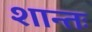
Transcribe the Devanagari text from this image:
शान्तः